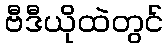
ဗီဒီယိုထဲတွင်